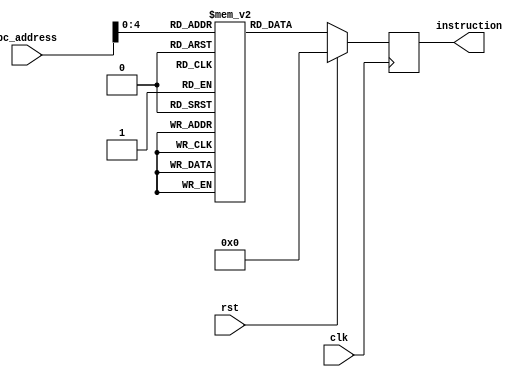
module Instruction_memory(
    input rst,
    input [31:0] pc_address,
    output reg [31:0] instruction,
	 input clk
);

    reg [31:0] mem [31:0];

          integer i;

    initial begin
        mem[0] = 32'b000001_00001_00000_00000_00000_000001; // Addi $2, $1, 0
mem[1] = 32'b000001_00001_00000_00000_00000_000010; // Addi $3, $1, 2
mem[2] = 32'b000001_00011_00000_00011_00000_000000; // Addi $3, $3, 0
mem[3] = 32'b000001_00001_00011_00011_00000_000000; // Addi $3, $1, 0
mem[4] = 32'b100011_00001_00000_00000_00000_000001; // lw $3, 1($1)
mem[5] = 32'b000001_00001_00000_00111_00000_000000; // Addi $7, $1, 0
mem[6] = 32'b101011_00000_01000_00000_00000_000001; // sw $0, 1($8)
mem[7] = 32'b000010_00000_00000_00000_00000_001000; // Jump to address 8
mem[8] = 32'b000100_00010_00011_11111_11111_111110; // Beq $2, $3, -2
mem[9] = 32'b000101_00011_00010_11111_11111_111110; // Bne $3, $2, -2
mem[10] = 32'b000000_00010_00011_00001_00000_100000; // Add $1, $2, $3
mem[11] = 32'b000000_00010_00011_00001_00000_100010; // Sub $1, $2, $3
mem[12] = 32'b000000_00010_00011_00001_00000_100100; // And $1, $2, $3
mem[13] = 32'b000000_00010_00011_00001_00000_100101; // Or $1, $2, $3
mem[14] = 32'b000000_00010_00011_00001_00000_101010; // Slt $1, $2, $3
        
        for (i = 7; i < 32; i = i + 1) 
		begin
            mem[i] = 32'b0;
        end
    end

    always @(posedge clk) 
	begin
        if (rst) 
		begin
            instruction <= 32'b0;
        end 
		else
		begin
            instruction <= mem[pc_address];
        end
    end

endmodule